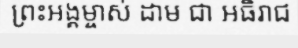
ព្រះអង្គម្ចាស់ ដាម ជា អធិរាជ